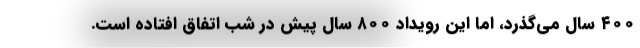
۴۰۰ سال می‌گذرد، اما این رویداد ۸۰۰ سال پیش در شب اتفاق افتاده است.